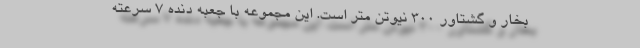
بخار و گشتاور 300 نیوتن متر است. این مجموعه با جعبه دنده 7 سرعته